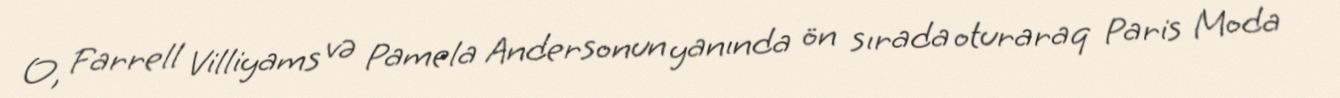
O, Farrell Villiyams və Pamela Andersonun yanında ön sırada oturaraq Paris Moda